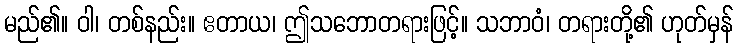
မည်၏။ ဝါ၊ တစ်နည်း။ ဧတာယ၊ ဤသဘောတရားဖြင့်။ သဘာဝံ၊ တရားတို့၏ ဟုတ်မှန်